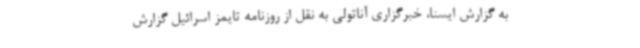
به گزارش ایسنا، خبرگزاری آناتولی به نقل از روزنامه تایمز اسرائیل گزارش